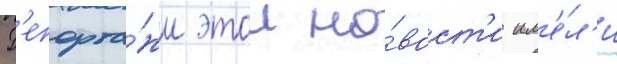
Р'епорта́жи этои но́вост'и им'е́л'и